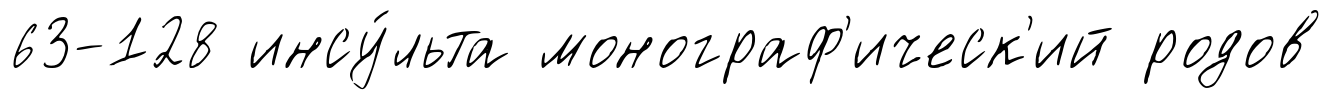
63-128 инсу́льта монограф'ическ'ий родов